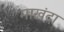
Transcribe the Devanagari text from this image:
माखंदा